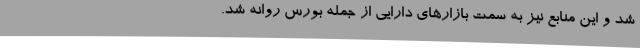
شد و این منابع نیز به سمت بازارهای دارایی از جمله بورس روانه شد.